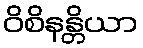
ဝိစိနန္တိယာ